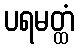
ပရမတ္ထံ